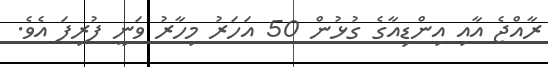
ރާއްޖެ އާއި އިންޑިއާގެ ގުޅުން 50 އަހަރު މިހާރު ވަނީ ފުރިފަ އެވެ.